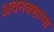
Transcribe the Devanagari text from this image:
अवनक्शम्मा